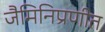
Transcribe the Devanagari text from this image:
जैमिनिप्रणीत